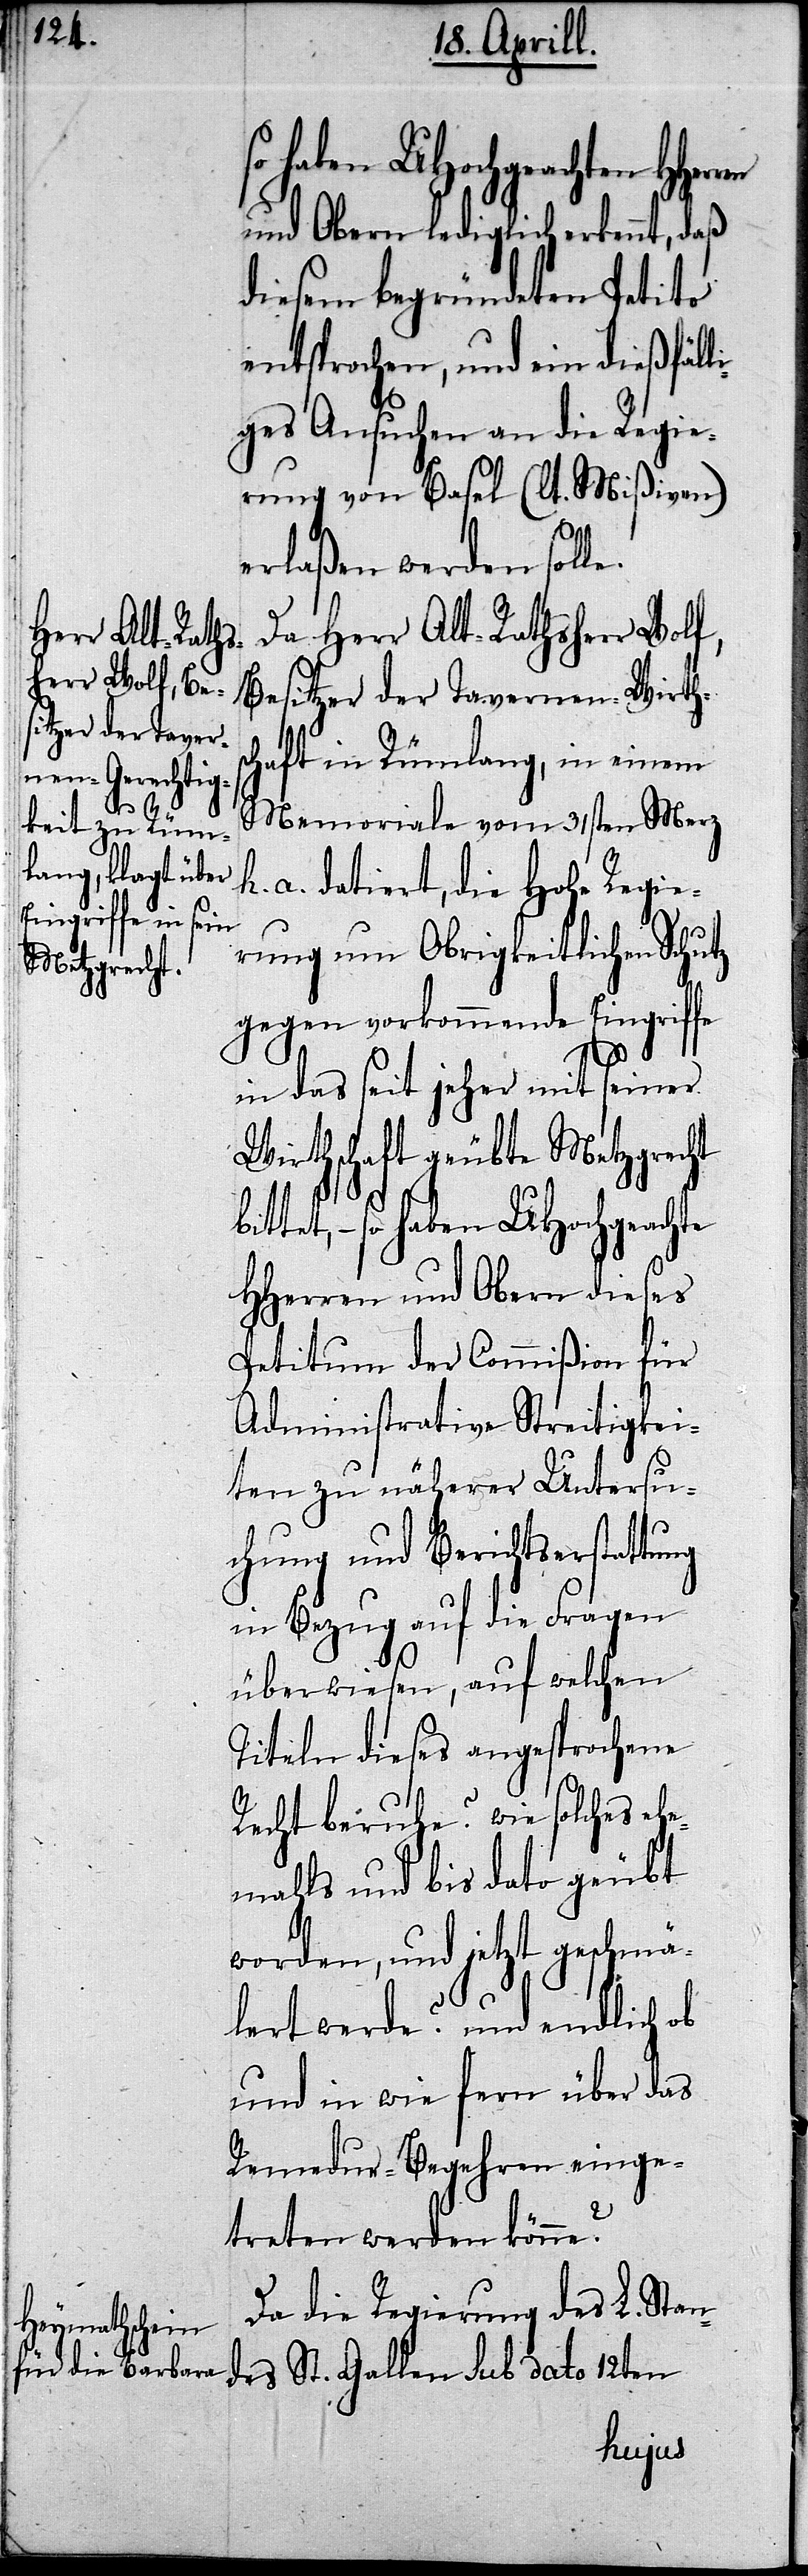
so haben UHochgeachten HHer¬
und Obern lediglich erkennt, daß
diesem begründeten Petitio
entsprochen, und ein dießfälli¬
ges Ansuchen an die Regie¬
rung von Basel (lt. Mißiven)
bi¬
erlaßen werden solle.
Da Herr Alt-Rathsherr Wolf,
Besitzer der Tavernen-Wirths¬
chaft in Rümlang, in einem
Memoriale vom 31sten Merz
a. datiert, die Hohe Regie¬
rung um Obrigkeitlichen Schutz
gegen vorkommende Eingriffe
in das seit jeher mit seiner
Wirthschaft geübte Metzgrecht
ttet,– so haben UHochgeachten
HHerren und Obern dieses
Petitum der Commißion für
Administrative Streitigkei¬
ten zu näherer Untersu¬
chung und Berichtserstattung
in Bezug auf die Fragen
überwiesen, auf welchen
Titeln dieses angesprochene
Recht beruhe? wie solches eh¬
emahls und bis dato geübt
worden, und jetzt geschmä¬
lert werde? und endlich ob
und in wie fern über das
Remedur-Begehren einge¬
treten werden könne?
Da die Regierung des L. Stan¬
des St. Gallen sub dato 12ten